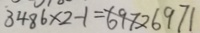
3 4 8 6 \times 2 - 1 = 6 9 7 2 6 9 7 1